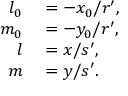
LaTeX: \begin{array} { r l } { l _ { 0 } } & { { } = - x _ { 0 } / r ^ { \prime } , } \\ { m _ { 0 } } & { { } = - y _ { 0 } / r ^ { \prime } , } \\ { l } & { { } = x / s ^ { \prime } , } \\ { m } & { { } = y / s ^ { \prime } . } \end{array}